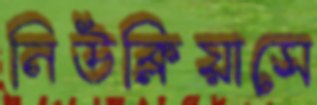
নিউক্লিয়াসে